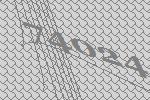
74024